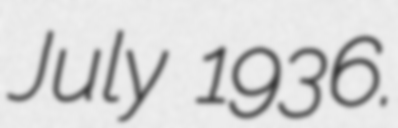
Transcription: July 1936.